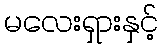
မလေးရှားနှင့်